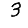
Digit: 3